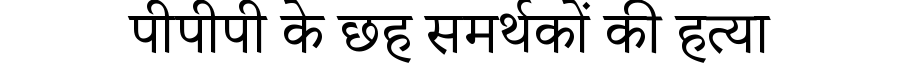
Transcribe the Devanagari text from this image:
पीपीपी के छह समर्थकों की हत्या